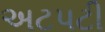
અટપટી